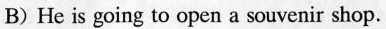
B) He is going to open a souvenir shop.